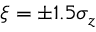
\xi = \pm 1 . 5 \sigma _ { z }